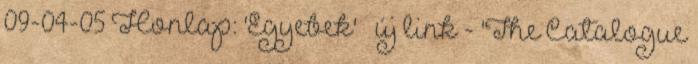
09-04-05 Honlap: 'Egyebek' » új link - 'The Catalogue